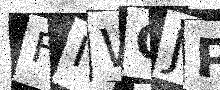
Text: FIWOJP